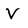
Character: V